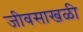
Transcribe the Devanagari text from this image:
जीवसाखळी